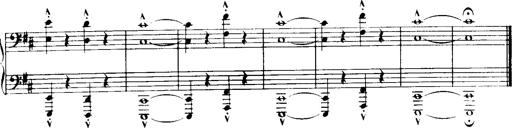
Title: Historische ungarische Bildnisse
Composer: Franz Liszt